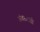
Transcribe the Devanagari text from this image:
अंबरवाडी